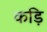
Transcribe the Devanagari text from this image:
कड़ि